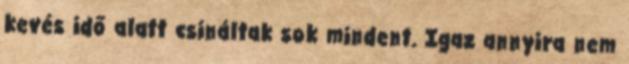
kevés idő alatt csináltak sok mindent. Igaz annyira nem